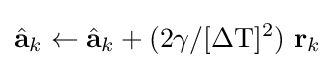
{\hat {\textbf {a}}}_{k}\leftarrow {\hat {\textbf {a}}}_{k}+(2\gamma /[\Delta {\textrm {T}}]^{\textrm {2}})\ {\textbf {r}}_{k}